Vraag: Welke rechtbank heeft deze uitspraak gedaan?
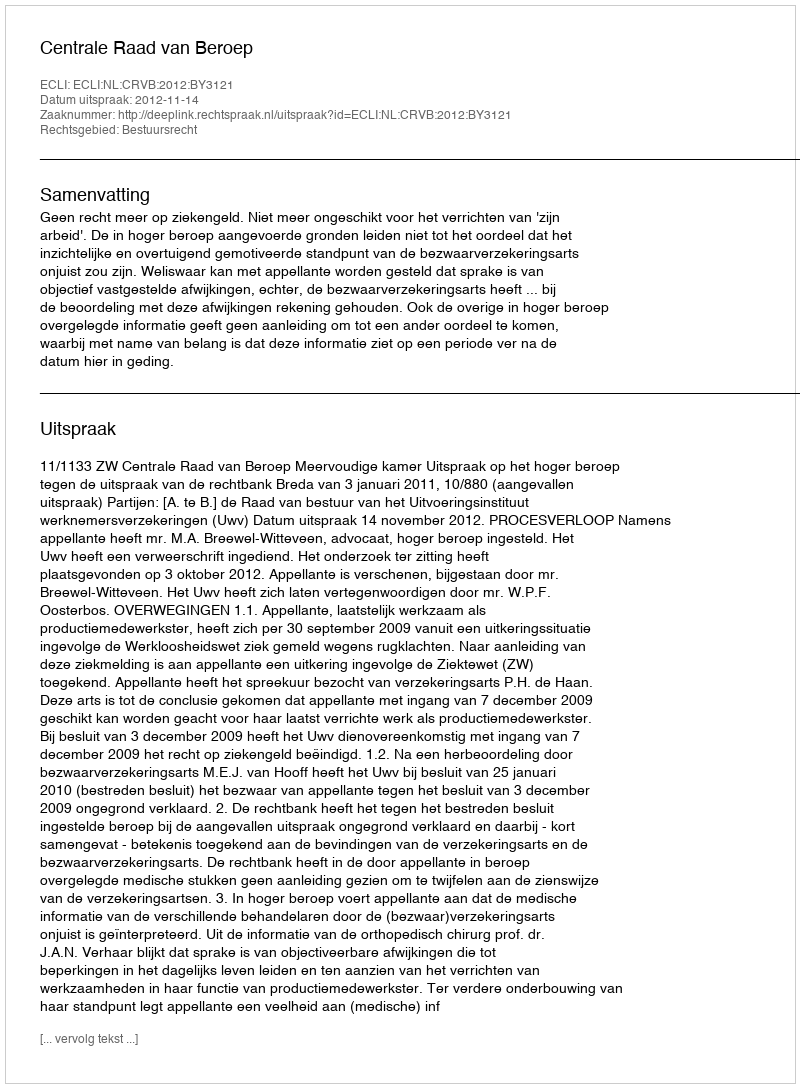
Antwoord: Centrale Raad van Beroep